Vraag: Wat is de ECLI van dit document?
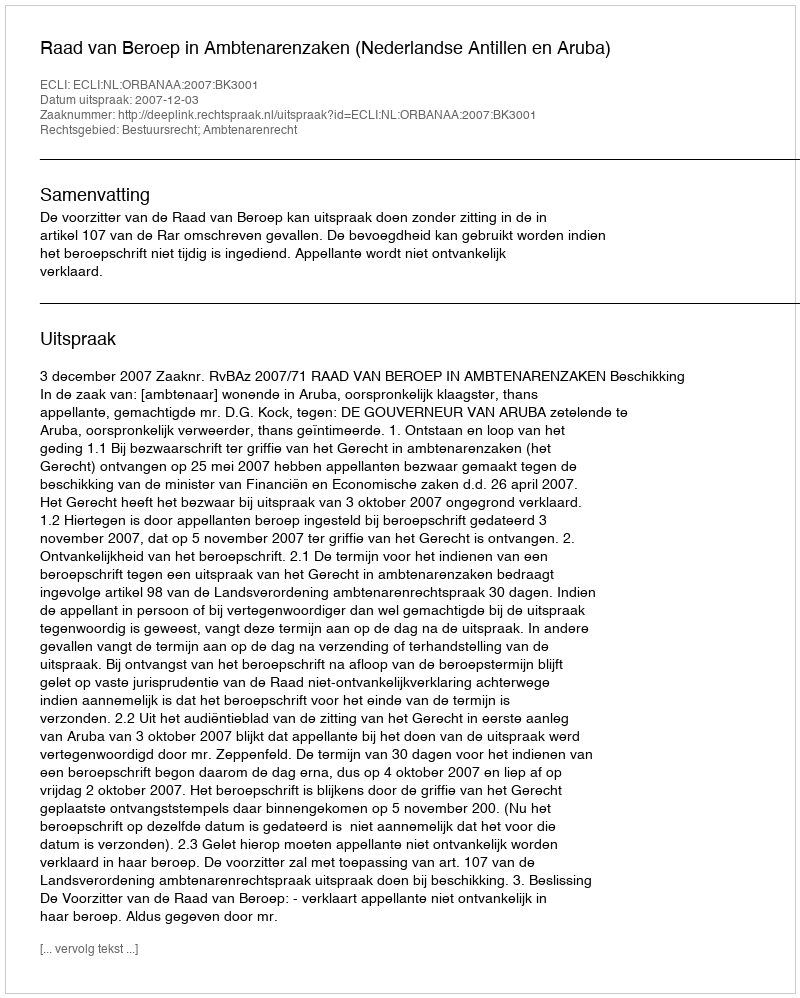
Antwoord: ECLI:NL:ORBANAA:2007:BK3001